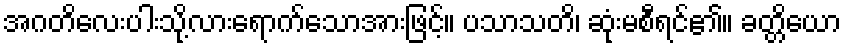
အဂတိလေးပါးသို့လားရောက်သောအားဖြင့်။ ပသာသတိ၊ ဆုံးမစီရင်၏။ ခတ္တိယော